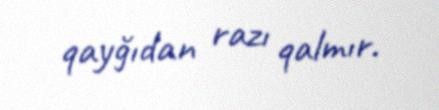
qayğıdan razı qalmır.